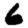
Digit: 6